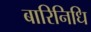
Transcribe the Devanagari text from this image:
बारिनिधि